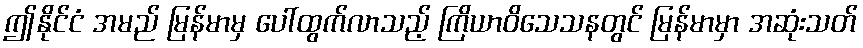
ဤနိုင်ငံ အမည် မြန်မာမှ ပေါ်ထွက်လာသည့် ကြိယာဝိသေသနတွင် မြန်မာမှာ အဆုံးသတ်